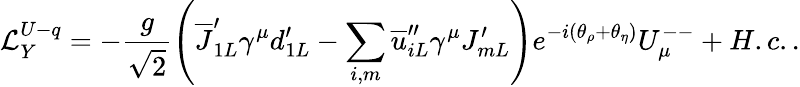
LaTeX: {\cal L}_{Y}^{U-q}=-\frac g{\sqrt{2}}\left(\overline{{{J}}}_{1L}^{\prime}\gamma^{\mu}d_{1L}^{\prime}-\sum_{i,m}\overline{{{u}}}_{iL}^{\prime\prime}\gamma^{\mu}J_{mL}^{\prime}\right)e^{-i(\theta_{\rho}+\theta_{\eta})}U_{\mu}^{--}+H.c..